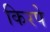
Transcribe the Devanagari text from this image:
किरपे